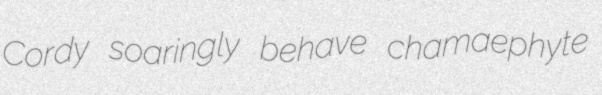
Cordy soaringly behave chamaephyte